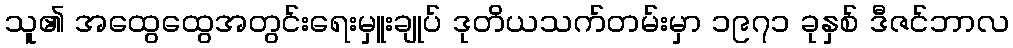
သူ၏ အထွေထွေအတွင်းရေးမှူးချုပ် ဒုတိယသက်တမ်းမှာ ၁၉၇၁ ခုနှစ် ဒီဇင်ဘာလ